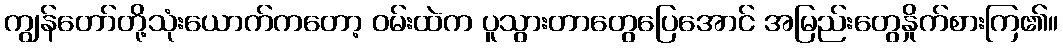
ကျွန်တော်တို့သုံးယောက်ကတော့ ဝမ်းထဲက ပူသွားတာတွေပြေအောင် အမြည်းတွေနှိုက်စားကြ၏။